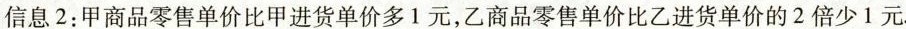
信息2：甲商品零售单价比甲进货单价多1元，乙商品零售单价比乙进货单价的2倍少1元.